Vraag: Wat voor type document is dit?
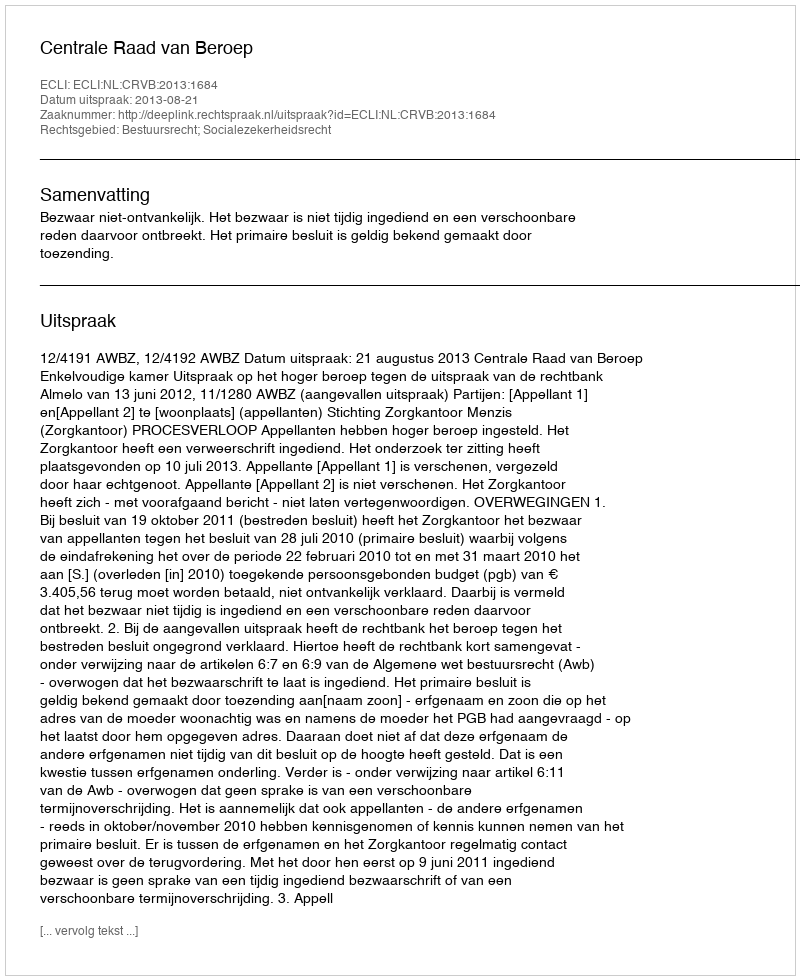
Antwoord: Uitspraak